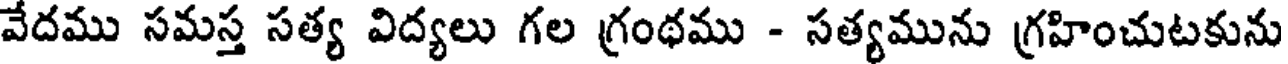
వేదము సమస్త సత్య విద్యలు గల గ్రంథము - సత్యమును గ్రహించుటకును